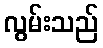
လွမ်းသည်